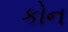
કોન